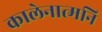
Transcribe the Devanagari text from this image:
कालेनात्मनि